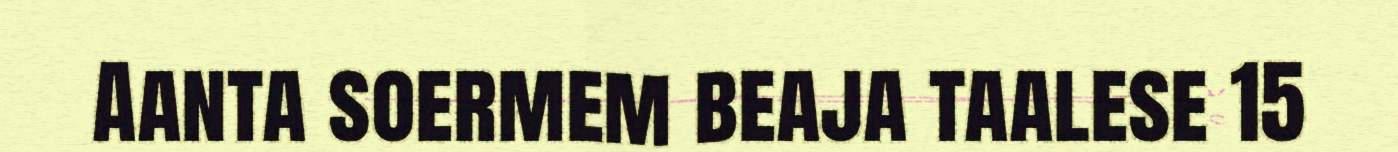
Aanta soermem beaja taalese 15